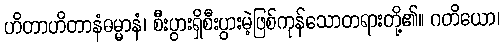
ဟိတာဟိတာနံဓမ္မာနံ၊ စီးပွားရှိစီးပွားမဲ့ဖြစ်ကုန်သောတရားတို့၏။ ဂတိယော၊